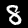
Digit: 8